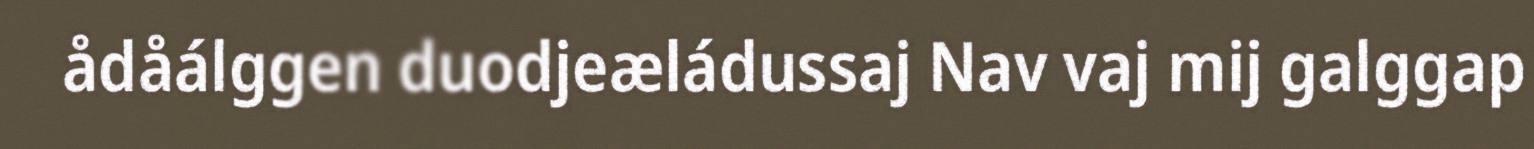
ådåálggen duodjeæládussaj Nav vaj mij galggap